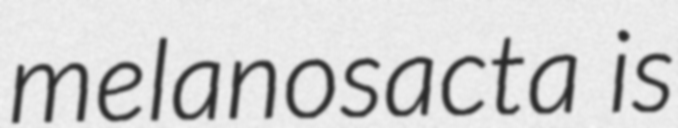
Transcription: melanosacta is